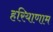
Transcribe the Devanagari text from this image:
हरियाणाम